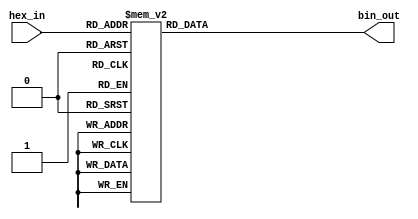
module hex_to_bin_encoder (
    input  [3:0] hex_in,  // 4-bit input representing a hexadecimal digit
    output reg [3:0] bin_out // 4-bit output representing the binary equivalent
);

// Combinational logic to map hex_in to bin_out
always @(*) begin
    case (hex_in)
        4'b0000: bin_out = 4'b0000; // 0
        4'b0001: bin_out = 4'b0001; // 1
        4'b0010: bin_out = 4'b0010; // 2
        4'b0011: bin_out = 4'b0011; // 3
        4'b0100: bin_out = 4'b0100; // 4
        4'b0101: bin_out = 4'b0101; // 5
        4'b0110: bin_out = 4'b0110; // 6
        4'b0111: bin_out = 4'b0111; // 7
        4'b1000: bin_out = 4'b1000; // 8
        4'b1001: bin_out = 4'b1001; // 9
        4'b1010: bin_out = 4'b1010; // A
        4'b1011: bin_out = 4'b1011; // B
        4'b1100: bin_out = 4'b1100; // C
        4'b1101: bin_out = 4'b1101; // D
        4'b1110: bin_out = 4'b1110; // E
        4'b1111: bin_out = 4'b1111; // F
        default: bin_out = 4'b0000; // Default case (not necessary as input is 4 bits)
    endcase
end

endmodule